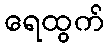
ရေထွက်